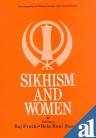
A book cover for Sikhism and Women (Encyclopedia of Women, Society and Culture Series, 6); Religion & Spirituality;